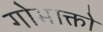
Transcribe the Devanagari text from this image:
गोभाक्तो